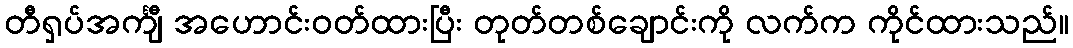
တီရှပ်အင်္ကျီ အဟောင်းဝတ်ထားပြီး တုတ်တစ်ချောင်းကို လက်က ကိုင်ထားသည်။